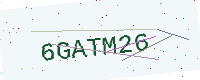
Text: 6GATM26